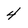
Character: 4